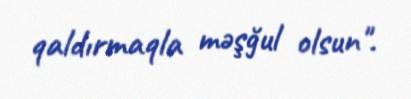
qaldırmaqla məşğul olsun".